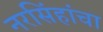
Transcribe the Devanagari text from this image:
नरसिंहांचा